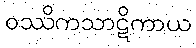
ဝဿိကသာဋိကာယ